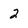
Character: 2